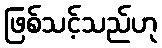
ဖြစ်သင့်သည်ဟု